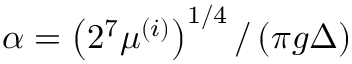
\alpha = \left( 2 ^ { 7 } \mu ^ { ( i ) } \right) ^ { 1 / 4 } / \left( \pi g \Delta \right)